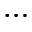
\cdots